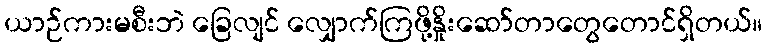
ယာဉ်ကားမစီးဘဲ ခြေလျင် လျှောက်ကြဖို့နှိုးဆော်တာတွေတောင်ရှိတယ်။